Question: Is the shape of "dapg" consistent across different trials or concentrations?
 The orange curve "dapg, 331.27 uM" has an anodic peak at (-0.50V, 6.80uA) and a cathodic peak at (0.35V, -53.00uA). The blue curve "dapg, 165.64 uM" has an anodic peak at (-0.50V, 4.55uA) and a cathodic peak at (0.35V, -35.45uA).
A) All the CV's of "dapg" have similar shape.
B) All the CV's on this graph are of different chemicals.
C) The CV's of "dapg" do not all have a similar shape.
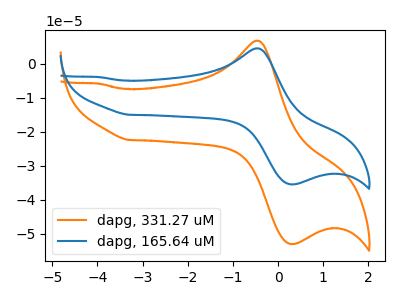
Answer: <think>All the peaks in "dapg, 331.27 uM" have a peak in "dapg, 165.64 uM" at the same potential. Every peak in "dapg, 331.27 uM" is higher than every peak in "dapg, 165.64 uM".
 </think>
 <answer>A) All the CV's of "dapg" have similar shape.</answer>
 <eval>A</eval>